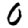
Digit: 0